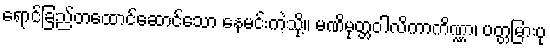
ရောင်ခြည်တထောင်ဆောင်သော နေမင်းကဲ့သို့။ မဏိမုတ္တဝါလိကာကိဏ္ဏာ၊ ပတ္တမြားပု